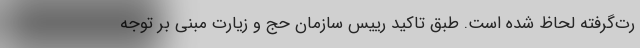
رت‌گرفته لحاظ شده است. طبق تاکید رییس سازمان حج و زیارت مبنی بر توجه